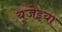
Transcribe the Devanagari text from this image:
युजेइया